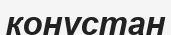
конустан